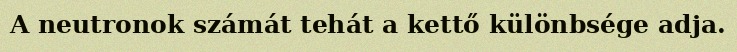
A neutronok számát tehát a kettő különbsége adja.